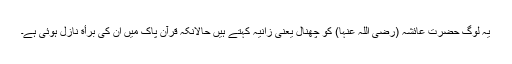
یہ لوگ حضرت عائشہ (رضی اللہ عنہا) کو چھنال یعنی زانیہ کہتے ہیں حالانکہ قرآن پاک میں ان کی برأة نازل ہوئی ہے۔